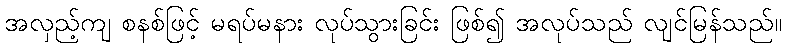
အလှည့်ကျ စနစ်ဖြင့် မရပ်မနား လုပ်သွားခြင်း ဖြစ်၍ အလုပ်သည် လျင်မြန်သည်။